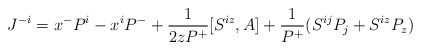
\begin{align*}J^{-i}=x^-P^i-x^iP^-+\frac{1}{2zP^+}[S^{iz},A]+\frac{1}{P^+}(S^{ij}P_j+S^{iz}P_z)\end{align*}